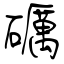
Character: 礪